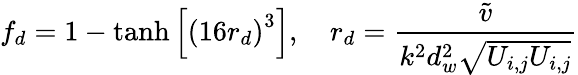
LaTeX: f_{d}=1-\operatorname{tanh}\left[\left(16r_{d}\right)^{3}\right],\quad r_{d}=\frac{\tilde{v}}{k^{2}d_{w}^{2}\sqrt{U_{i,j}U_{i,j}}}